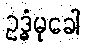
ဥဒ္ဓံမုခေါ